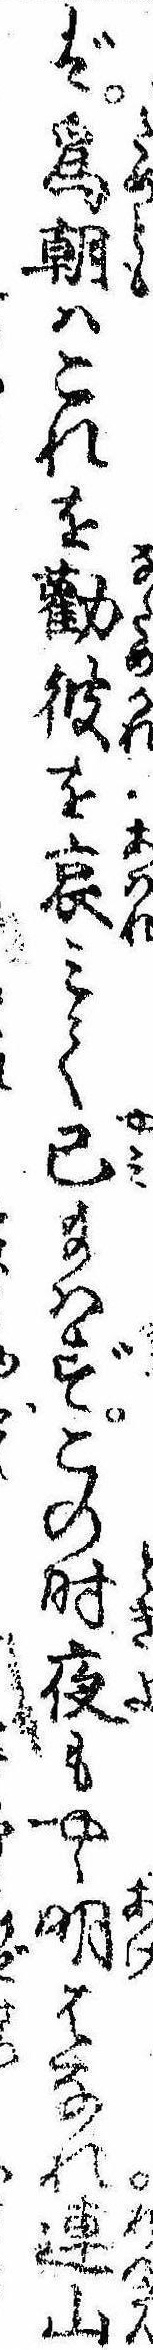
ば為朝はこれを勧彼を哀みて已給はずこの時夜もやゝ明はなれ連山